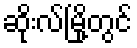
ဆိုးလ်မြို့တွင်